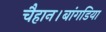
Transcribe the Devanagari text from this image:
चैहान।बांगडिया